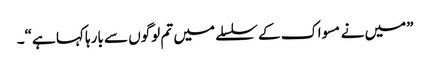
”میں نے مسواک کے سلسلے میں تم لوگوں سے بارہا کہا ہے“۔